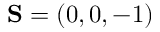
{ \bf S } = ( 0 , 0 , - 1 )